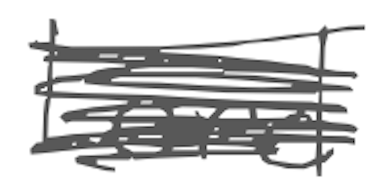
Text: Lord
Cross-out: scratch
Writing tool: digital_gray